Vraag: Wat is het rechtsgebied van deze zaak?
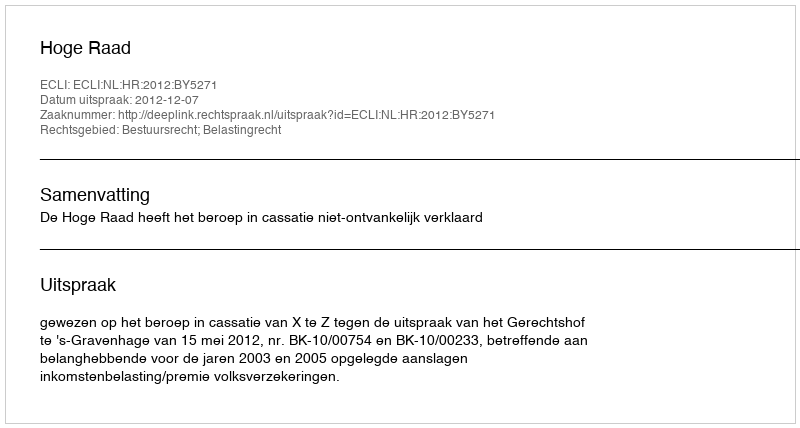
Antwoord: Bestuursrecht; Belastingrecht